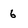
Character: 6